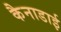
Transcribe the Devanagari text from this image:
कैनाडाई